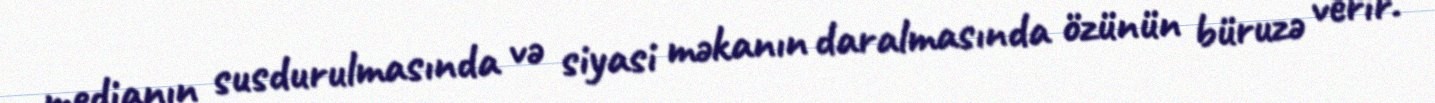
medianın susdurulmasında və siyasi məkanın daralmasında özünün büruzə verir.